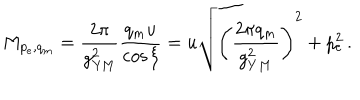
M _ { p _ { e } , q _ { m } } = { \frac { 2 \pi } { g _ { \mathrm { Y M } } ^ { 2 } } } { \frac { q _ { m } u } { \cos \xi } } = u \sqrt { \left( \frac { 2 \pi q _ { m } } { g _ { Y M } ^ { 2 } } \right) ^ { 2 } + p _ { e } ^ { 2 } } \, .